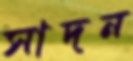
সাদন